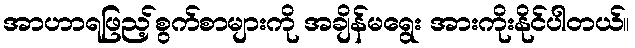
အာဟာရဖြည့်စွက်စာများကို အချိန်မရွေး အားကိုးနိုင်ပါတယ်။